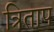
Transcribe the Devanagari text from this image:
त्रिताप